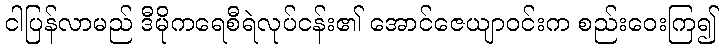
ငါပြန်လာမည် ဒီမိုကရေစီရဲလုပ်ငန်း၏ အောင်ဇေယျာဝင်းက စည်းဝေးကြ၍